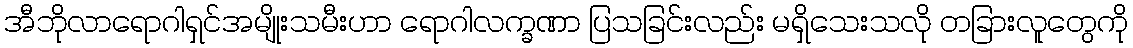
အီဘိုလာရောဂါရှင်အမျိုးသမီးဟာ ရောဂါလက္ခဏာ ပြသခြင်းလည်း မရှိသေးသလို တခြားလူတွေကို